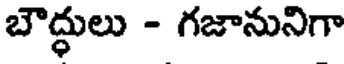
బౌద్ధులు - గజానునిగా